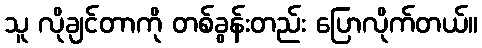
သူ လိုချင်တာကို တစ်ခွန်းတည်း ပြောလိုက်တယ်။